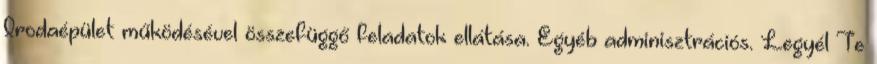
Irodaépület működésével összefüggő feladatok ellátása. Egyéb adminisztrációs. Legyél Te